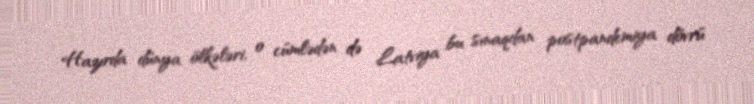
Hazırda dünya ölkələri, o cümlədən də Latviya bu sınaqdan postpandemiya dövrü